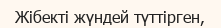
Жібекті жүндей түттірген,